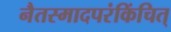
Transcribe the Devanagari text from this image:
नैतस्मादपरंकिंचित्